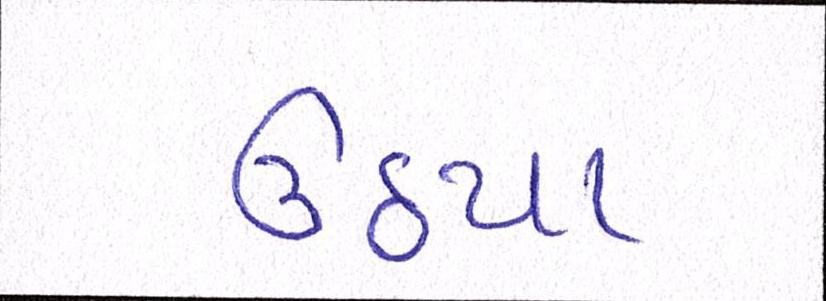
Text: ઊઠયા